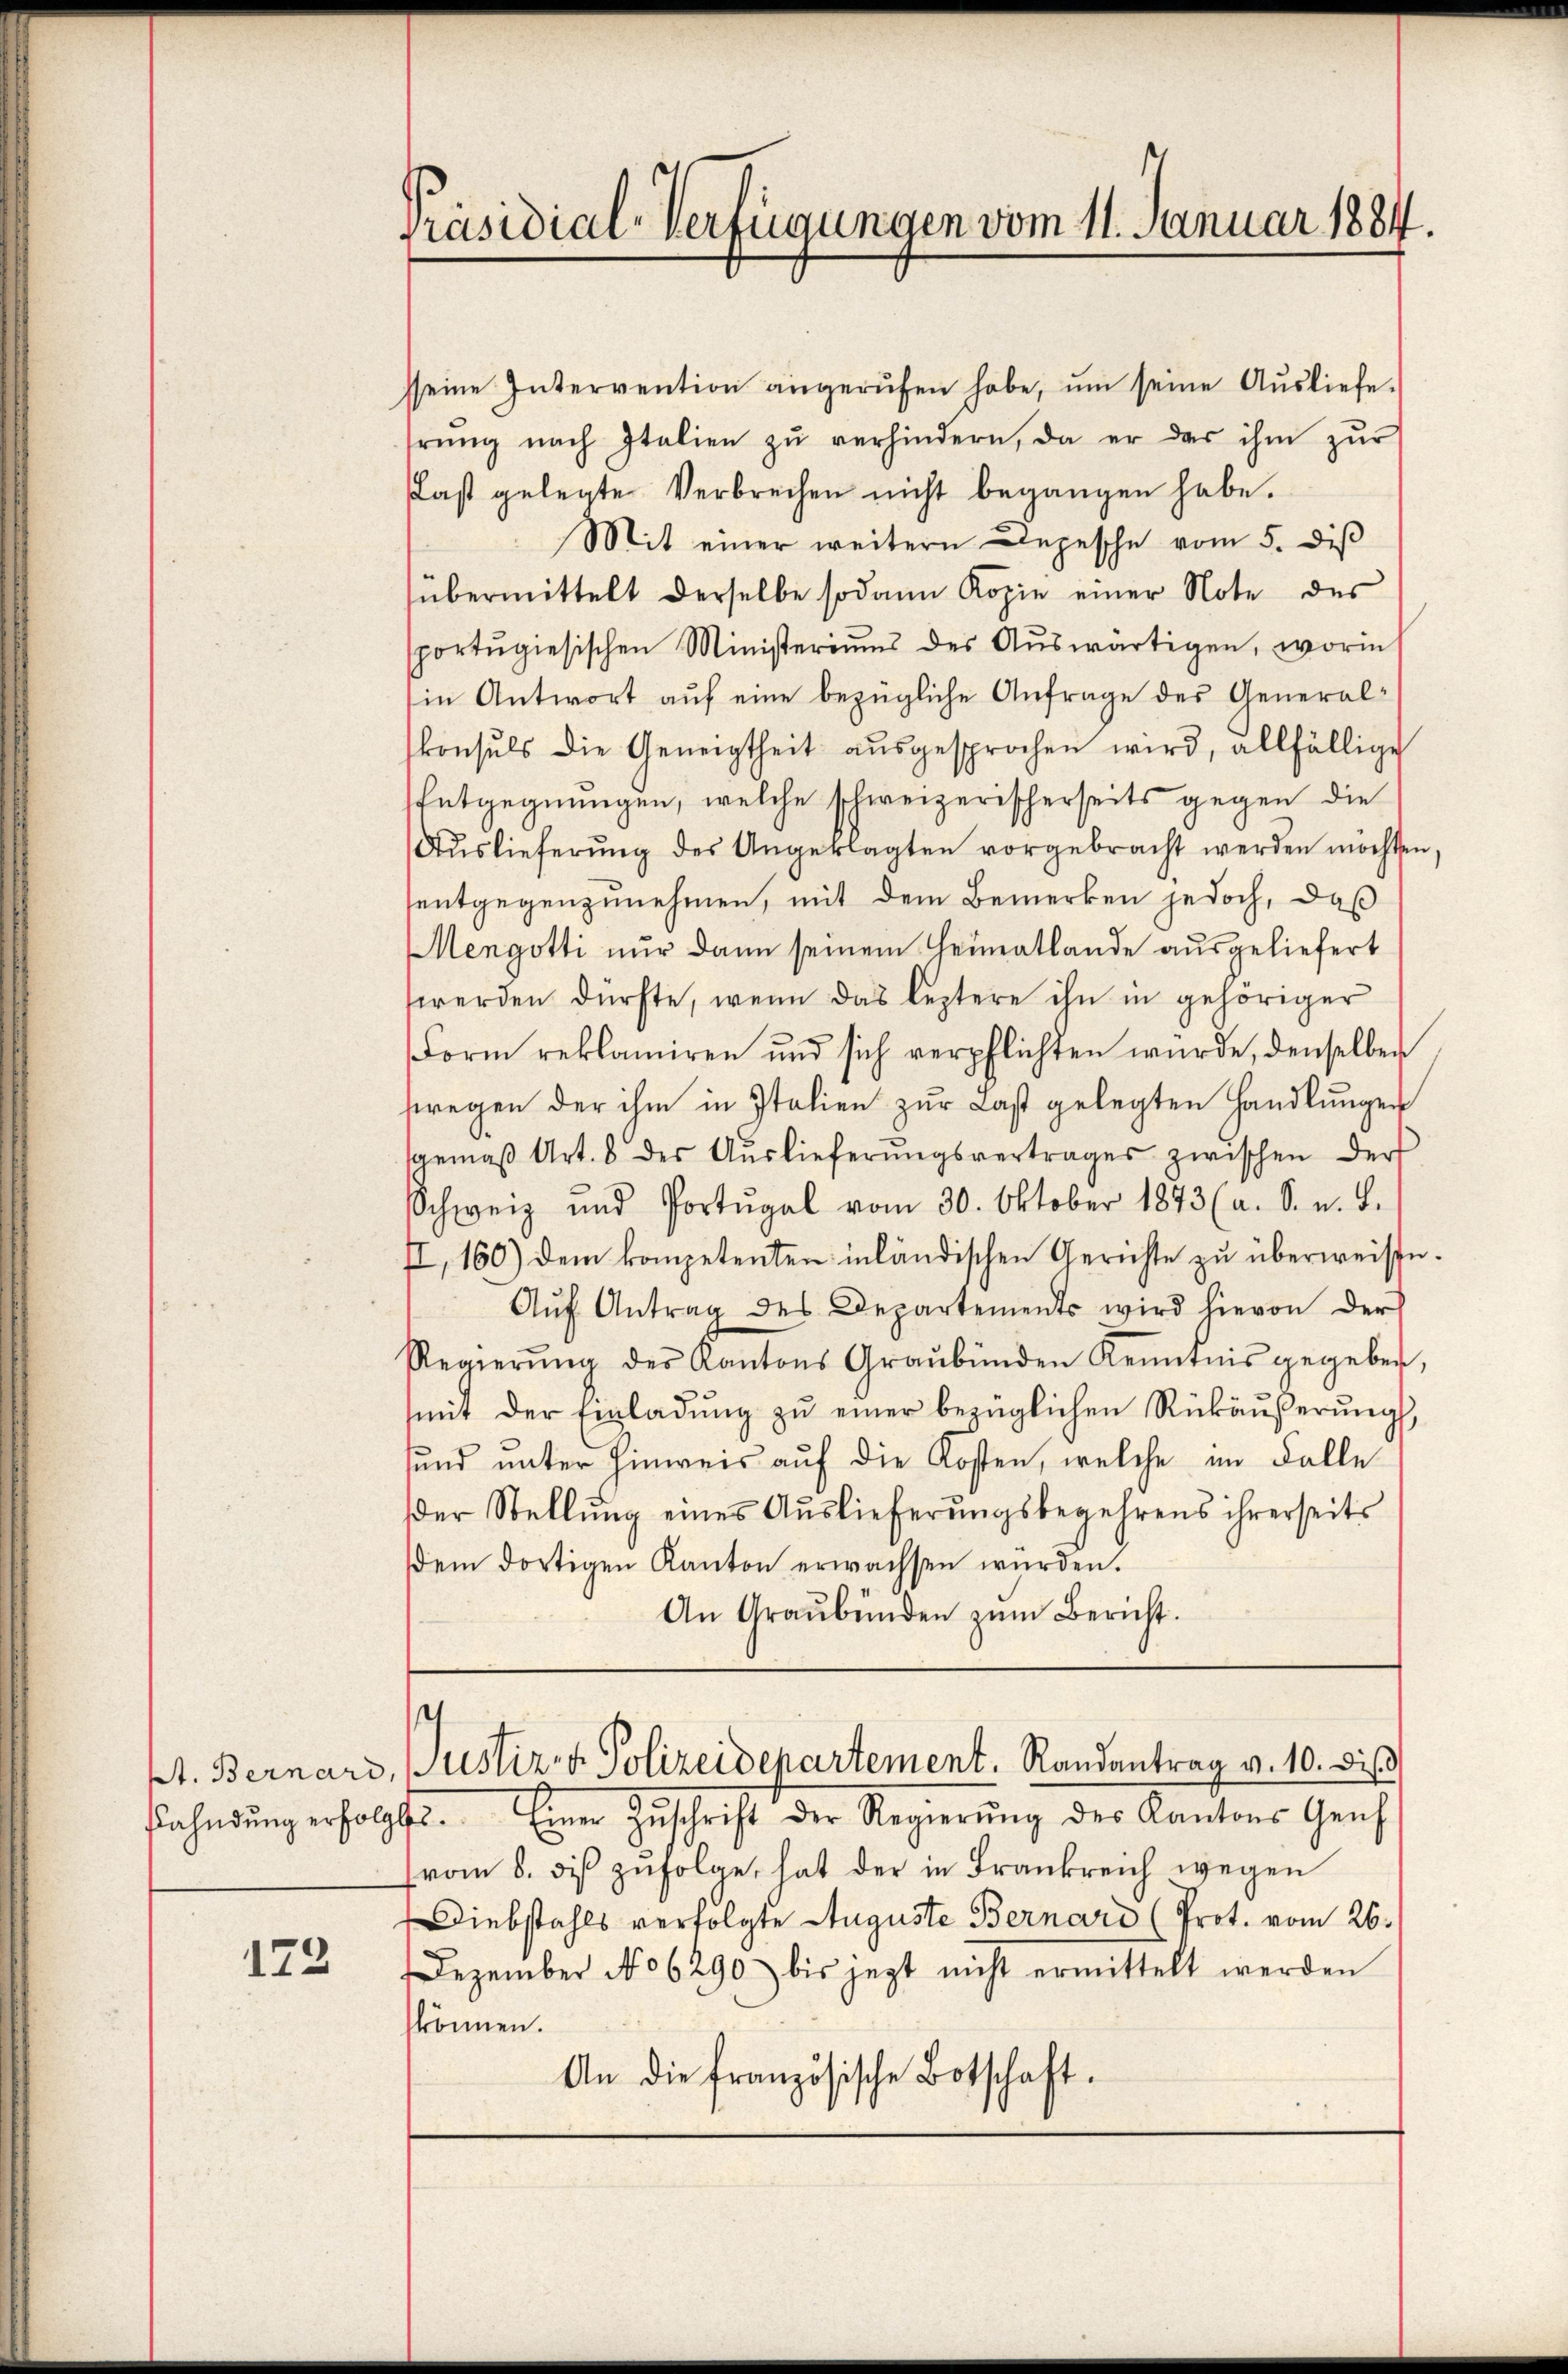
172

Präsidial-Verfügungen vom 11. Januar 1884.

sseine Intervention angerŭfen habe, ŭm seine Aŭsliefe.
hrŭng nach Italien zŭ verhindern, da er das ihm zŭr
Plast gelegte Verbrechen nicht begangen habe.
Mit einer weitern Depesche vom 5. diβ
übermittelt derselbe sodann Kopie einer Note des
sportŭgiesischen Ministeriums des Aŭswärtigen, worin
in Antwort auf eine bezügliche Anfrage des Generalkonsuls die Geneigtheit ausgesprochen wird, allfällige
Entgegnungen, welche schweizerischerseits gegen die
Auslieferung des Angeklagten vorgebracht werden möchten,
entgegenzunehmen, mit dem Bemerken jedoch, daß
Mengotti nur dann seinem Heimatlande ausgeliefert
werden dürfte, wenn das leztere ihn in gehöriger
Form reklamiren und sich verpflichten wurde, denselben
fregen der ihm in Italien zŭr Last gelegten Handlŭngen
sgemäβ Art. 8 der Aŭslieferŭngsvertrages zwischen der
Schweiz und Portugal vom 30. Oktober 1873 (a. S. u. L.
II, 160) dem kompetenten inländischen Gerichte zu überweise.
Aŭf Antrag des Departements wird hievon der
Regierŭng des Kantons Graubünden Kenntnis gegeben,
mit der Einladŭng zŭ einer bezüglichen Rückäußerung
sund unter hinweis auf die Kosten, welche im Falle
Der Stellung eines Auslieferungsbegehrens ihrerseits
dem dortigen Kanton erwachsen würden.
An Graubünden zŭm Bericht.

t. Bernard, Justiz- & Polizeidepartement. Randantrag v. 10. di

fahndung erfolgte. Einer Zuschrift der Regierung des Kantons Genf
vom 8. des zufolge, hat der in Frankreich wegen
Diebstahls verfolgte Auguste Bernard (Prot. vom 26.
Dezember No 6290 bis jezt nicht ermittelt werden
können.
An die französische Botschaft.